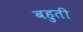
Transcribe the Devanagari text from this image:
बहुती